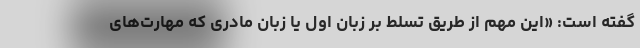
گفته است: «این مهم از طریق تسلط بر زبان اول یا زبان مادری که مهارت‌های